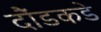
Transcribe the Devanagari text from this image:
दौंडकडे